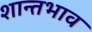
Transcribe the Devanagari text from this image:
शान्तभाव